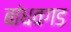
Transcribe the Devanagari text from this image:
बांधवगड